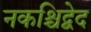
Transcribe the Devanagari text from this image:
नकश्चिद्वेद